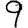
Digit: 9